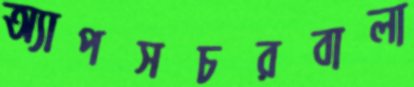
অ্যাপসচরবালা